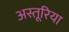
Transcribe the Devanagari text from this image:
अस्तूरिया